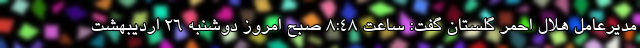
مدیرعامل هلال احمر گلستان گفت: ساعت ۸:۴۸ صبح امروز دوشنبه ۲۶ اردیبهشت